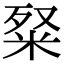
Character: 𥹏